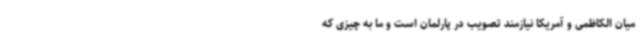
میان الکاظمی و آمریکا نیازمند تصویب در پارلمان است و ما به چیزی که